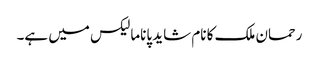
رحمان ملک کا نام شاید پاناما لیکس میں ہے۔